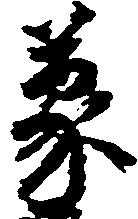
蒙